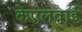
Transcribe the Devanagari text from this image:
केएलवाई